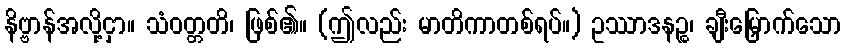
နိဗ္ဗာန်အလို့ငှာ။ သံဝတ္တတိ၊ ဖြစ်၏။ (ဤလည်း မာတိကာတစ်ရပ်။) ဥဿာဒနဉ္စ၊ ချီးမြှောက်သော